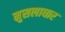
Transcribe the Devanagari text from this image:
मुसलाधार